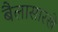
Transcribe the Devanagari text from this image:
बैलासारखे